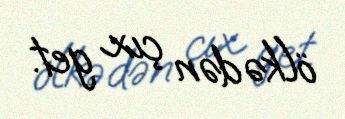
ölkədən çıx get.